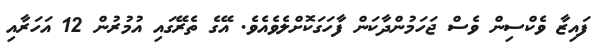
ފައިޒާ ވެކްސިން ވެސް ޖަހަމުންދާކަން ފާހަގަކޮށްލެވެއެވެ. އޭގެ ތެރޭގައި އުމުރުން 12 އަހަރާއި